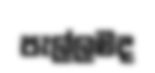
පැල්ලමද